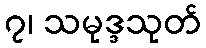
၇၊ သမုဒ္ဒသုတ်